Suure-Kopu_vallavalitsus, lk 12
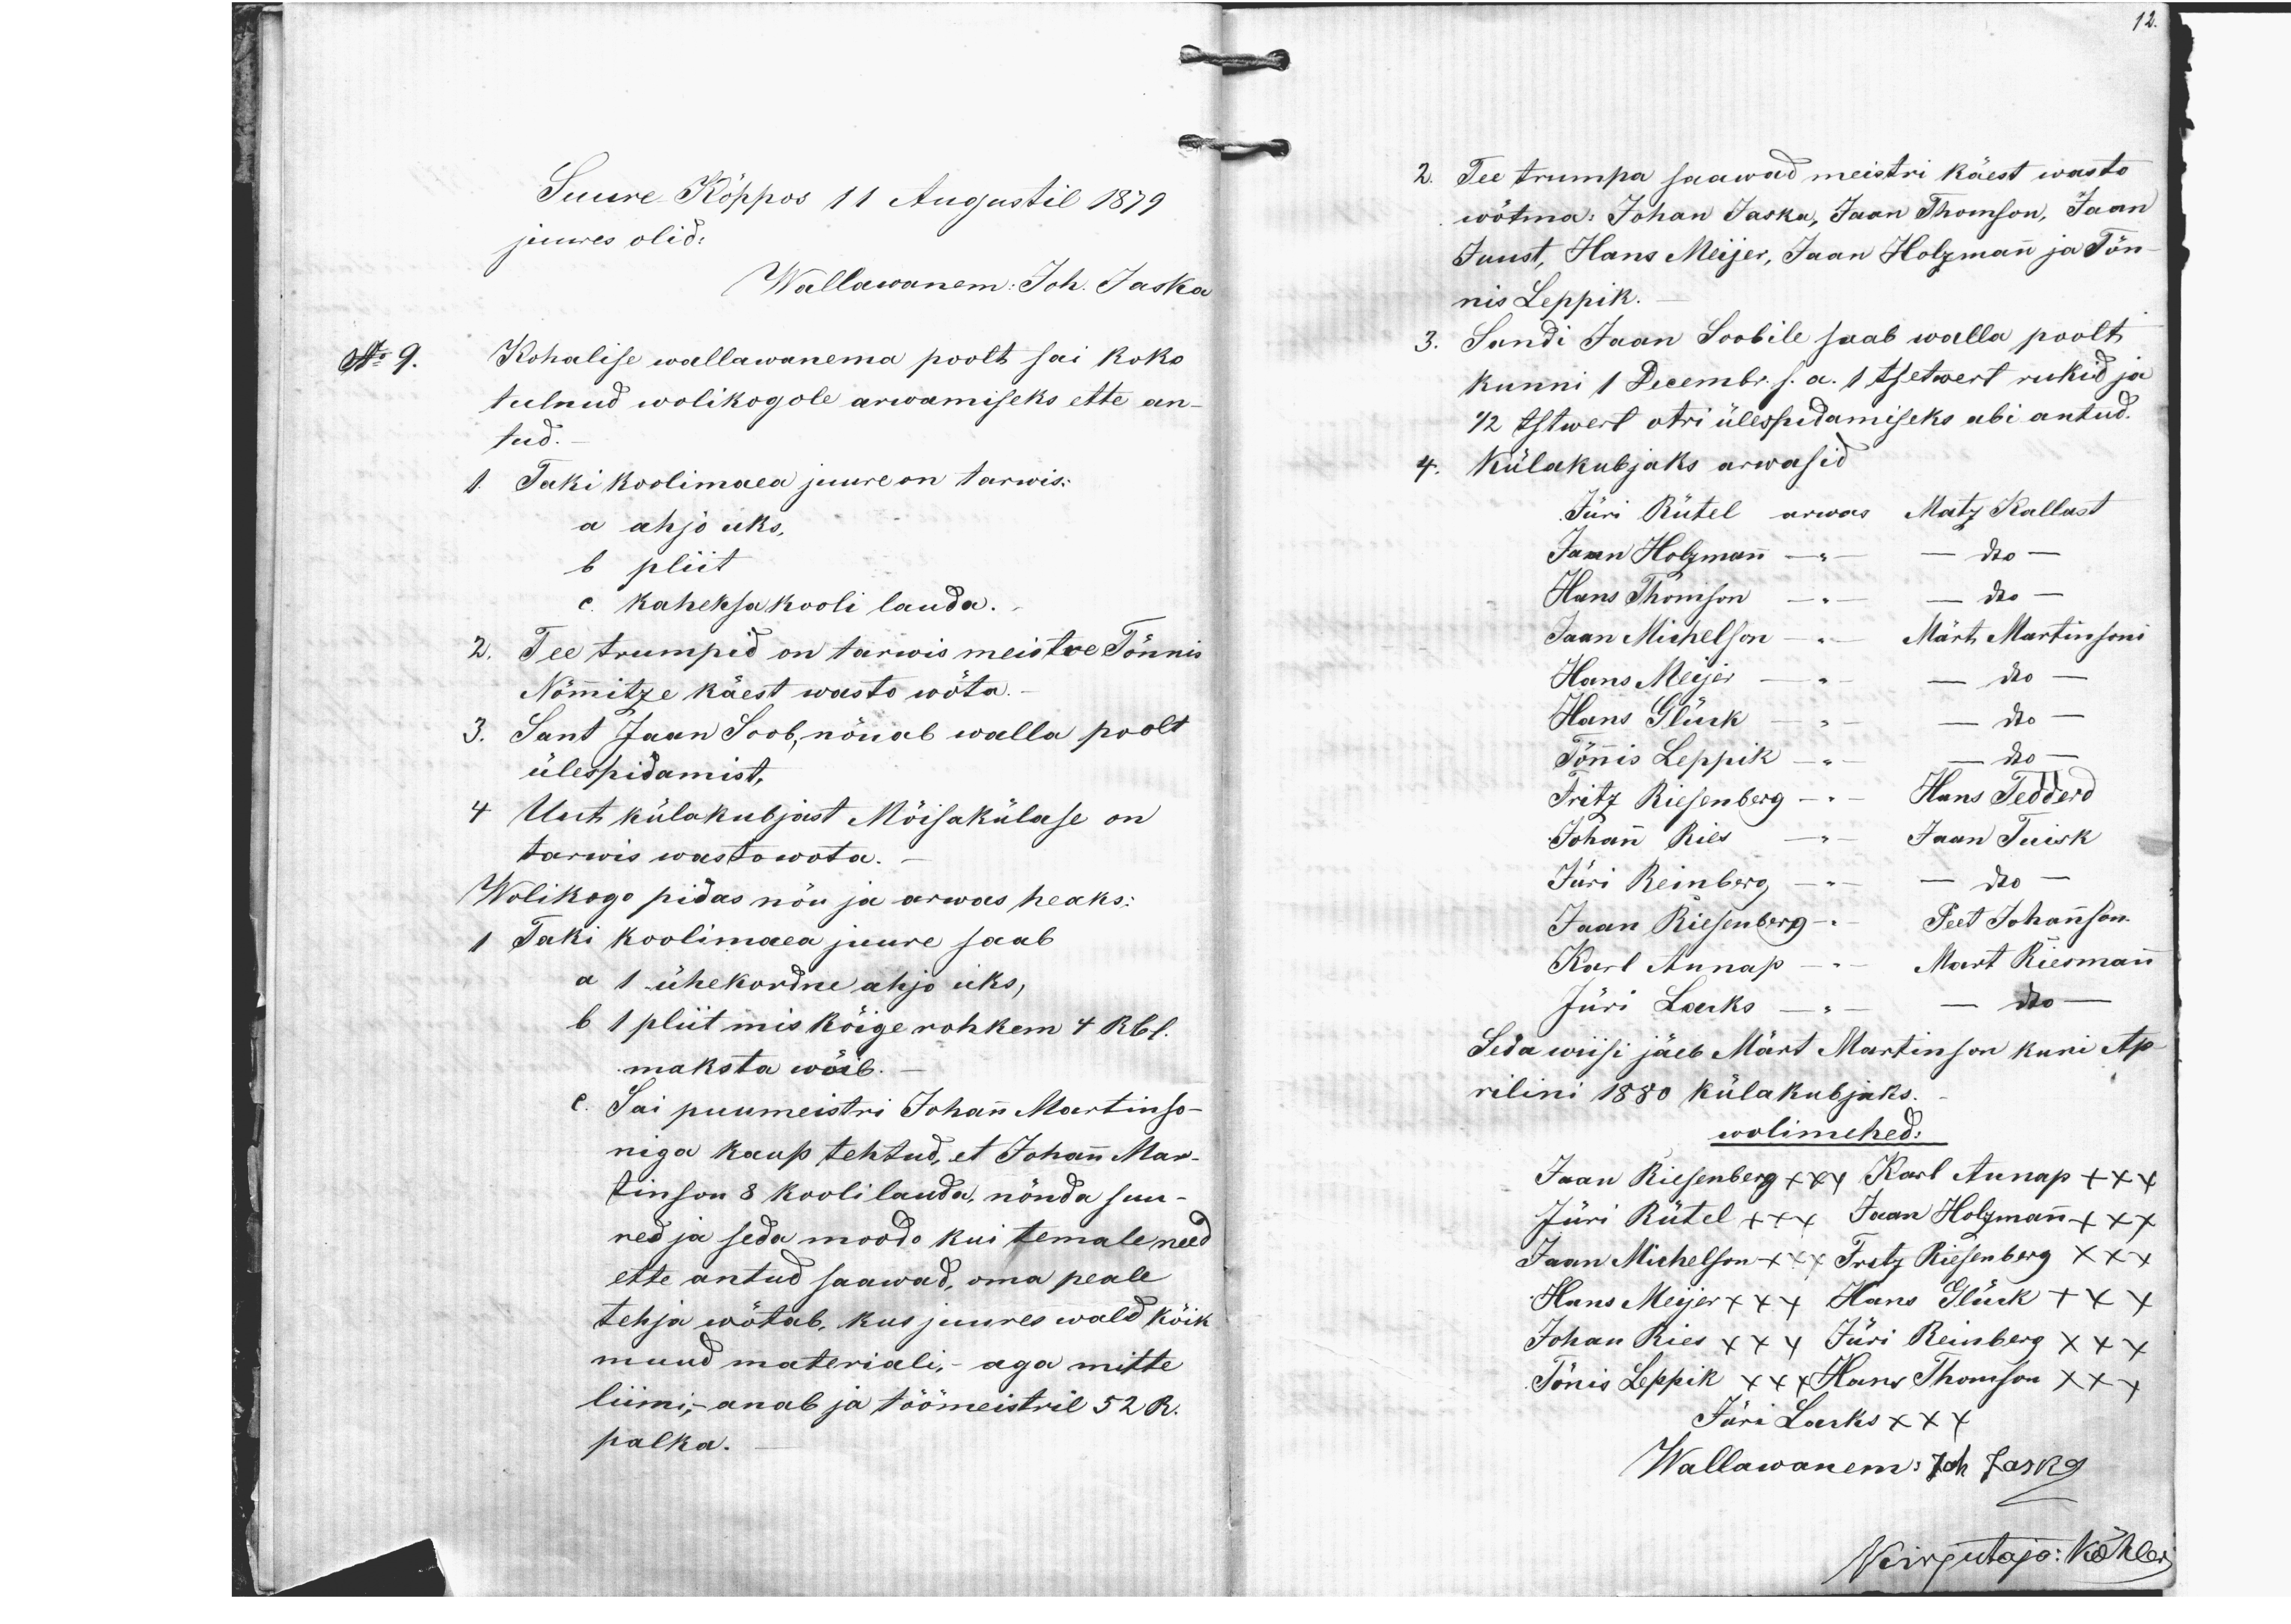
12.

Suure Kõppos 11 Augustil 1879.
juures olid:
Wallawanem: Joh. Jaska
No 9.
Kohalise wallawanema poolt sai koko-
tulnud wolikogole arwamiseks ette an-
tud.
1. Taki koolimaea juure on tarwis-
a ahjo uks,
b pliit
c kaheksa kooli lauda.
2. Tee trumpid on tarwis meistre Tõnnis
Nõmmitze käest wasto wõta.
3. Sant Jaan Soob, nõuab walla poolt
ülespidamist,
4. Uut külakubjast Mõisakülase on
tarwis wastawõta.
Wolikogo pidas nõu ja arwas heaks:
1 Taki koolimaea juure saab
a 1 ühekordne ahjo uks,
в 1 pliit mis kõige rohkem 4 Rbl.
maksta wõib.
c. Sai puumeistri Johann Martinso-
niga kaup tehtud, et Johan Mar-
tinson 8 kooli lauda, nõnda suu-
red ja seda moodo kui temale need
ette antud saawad, oma peale
tehja wõtab, kus juures wald kõik
muud materiali, aga mitte
liimi,- annab ja töömeistril 52 R.
palka.

2. Tee trumpa saawad meistri käest wasto
wõtma: Johan Jaska, Jaan Thomson, Jaan
Juust, Hans Meijer, Jaan Holzmann ja Tõn-
nis Leppik.
3. Sandi Jaan Soobile saab walla poolt
kunni 1 Decembr. s.a. 1 tsetwert rukid ja
1/2 tstwert otri ülespidamiseks abi antud.
4. Külakubjaks arwasid
Jüri Rütel arwas Matz Kallast
Jaan Holzmann - - - " -
Hans Thomson - - - " -
Jaan Michelson - - Märt Martinsoni
Hans Meijer - - - " -
Hans Glück - - - " -
Tõnnis Leppik - " -
Fritz Riesenberg - - Hans Tedderd
Johann Ries -- - -Jaan Juisk
Jüri Reinberg - " -
Jaan Riesenberg---- Peet Johanson.
Karl Aunap ----- Mart Riesman
Jüri Lacks Ado    - " -
Seda wiisi jäeb Märt Martinson kuri Ap-
rilini 1880 külakubjaks.
wolimehed:
Jaan Riesenberg xxx Karl Aunap +xx
Jüri Rütel +xx Jaan Holzmann +xx
Jaan Michelson xxx Fritz Riesenberg xxx
Hans Meijer xx+ Hans Glück +xx
Johan Ries xxx Jüri Reinberg xxx
Tõnis Leppik xxx Hans Thomson xxx
Jüri Lacks xxx
Wallawanem: Joh Jaska
Kirjutaja: Köhler